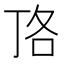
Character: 𭇏